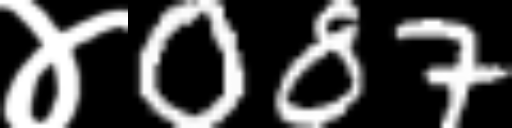
Text: ४087